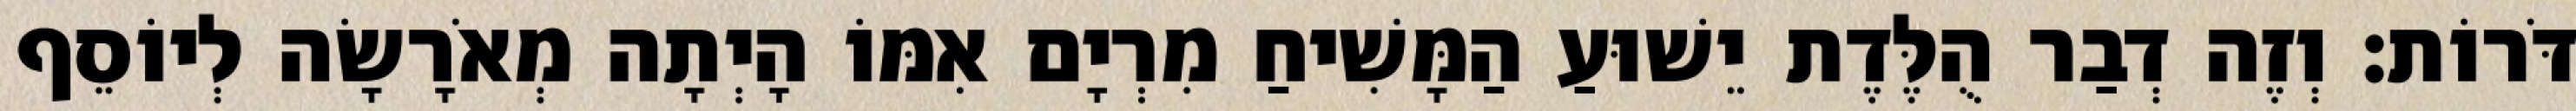
דֹּרוֹת׃ וְזֶה דְבַר הֻלֶּדֶת יֵשׁוּעַ הַמָּשִׁיחַ מִרְיָם אִמּוֹ הָיְתָה מְאֹרָשָׂה לְיוֹסֵף